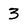
Character: 3